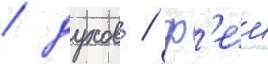
/ духов / ф'еи